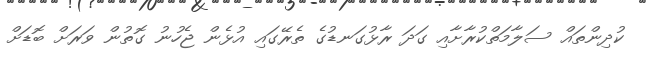
ކުދިންތައް ސަލާމަތްކުރާށާއި ގަދަ ރާޅުގަނޑުގެ ތެރޭގައި އުޅެން ޖެހުނު ގޮތުން ވަރަށް ބޮޑަށް